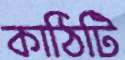
কাঠিটি